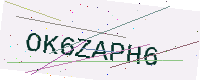
Text: OK6ZAPH6